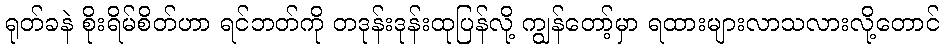
ရုတ်ခနဲ စိုးရိမ်စိတ်ဟာ ရင်ဘတ်ကို တဒုန်းဒုန်းထုပြန်လို့ ကျွန်တော့်မှာ ရထားများလာသလားလို့တောင်